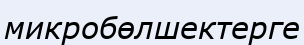
микробөлшектерге